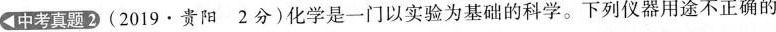
◀ 中考真题2 (2019·贵阳2分) 化学是一门以实验为基础的科学。下列仪器用途不正确的